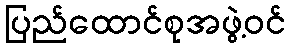
ပြည်ထောင်စုအဖွဲ့ဝင်